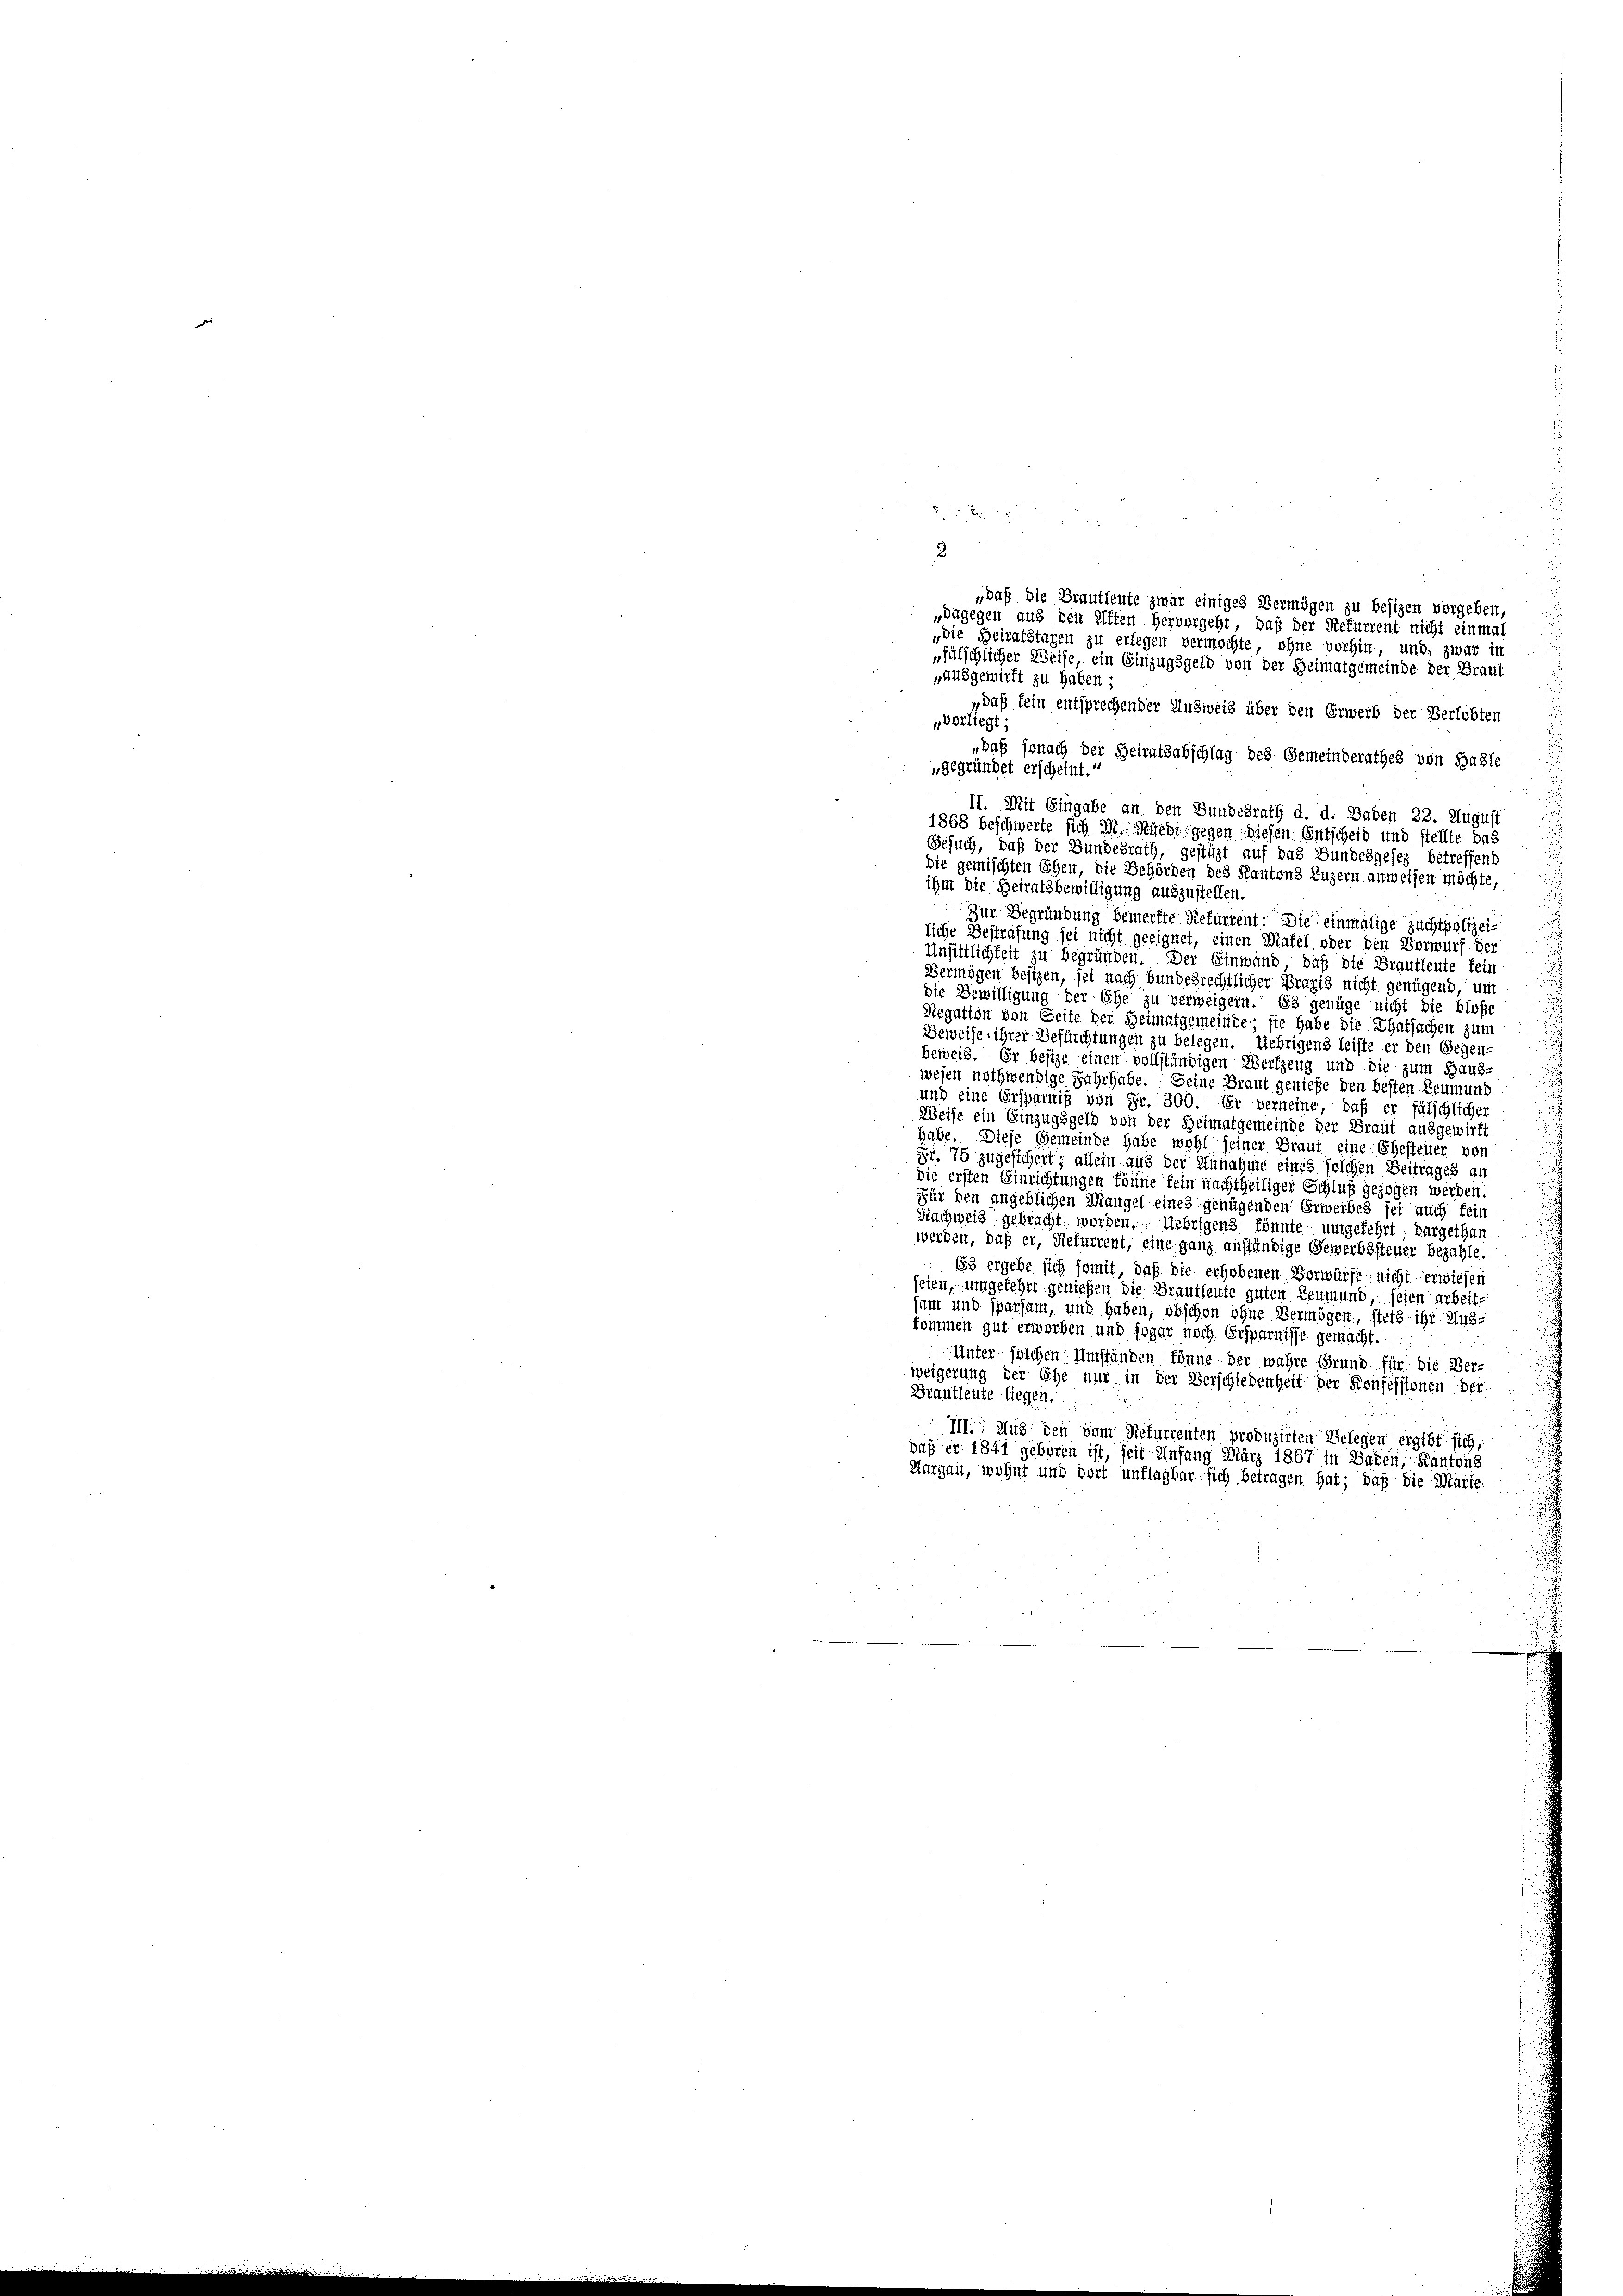
xx
2

„die Beiratstaren zu erlegen vermochte, ohne vorhin, und zwar in
„fülschlicher Weise, ein Einzugsgeld von der Heimatgemeinde der Braut
„daß fein entsprechender Ausweis über den Erwerb der Verlobten
„verliegt;
„daß sonach der Heiratsabschlag des Gemeinderathes von Hasle
gegründet erscheint.
II. Mit Eingabe an den Bundesrath d. d. Baden 22. August
1868 beschwerte sich M. Rüedi gegen diesen Entscheid und stellte das
Gesuch, daß der Bundesrath, gestüzt auf das Bundesgesez betreffend
die gemischten Ehen, die Behörden des Kantons Luzern anweisen möchte,
ihm die Beiratsbewilligung auszustellen.
Zur Begründung bemerkte Refurrent. Die einmalige Zuchtpolizeiliche Bestrafung sei nicht geeignet, einen Mafel oder den Vorwurf der
J
Unsittlichkeit zu begründen. Der Einwand, daß die Brautleute fein
Vermögen besizen, sei nach bundesrechtlicher Praxis nicht genügend, un
die Bewilligung der Ehe zu verweigern. Es genüge nicht die blosse
u
Negation von Seite der Heimatgemeinde; sie habe die Thatsachen zum
Beweise ihrer Befürchtungen zu belegen. Uebrigens leiste er den Gegen-
beweis. Er besize einen vollständigen Werkzeug und die zum Haus-
wesen nothwendige Jahrhabe. Seine Braut genieße den besten Leumund.
und eine Ersparniß von Fr. 300. Er verneine, daß er fälschlicher
Weise ein Einzugsgeld von der Heimatgemeinde der Braut ausgewirft
habe. Diese Gemeinde habe wohl seiner Braut eine Ehesteuer, von
Fr. 75 zugesichert; allein aus der Annahme eines solchen Beitrages an
die ersten Einrichtungen könne fein nachtheiliger Schluß gezogen werden.
Für den angeblichen Mangel eines genügenden Erwerbes sei auch fein
Nachweis gebracht worden. Uebrigens könnte umgekehrt, dargethan
werden, daß er, Rekurrent, eine ganz anständige Gewerbssteuer bezahle.
63 ergebe sich somit, daß die erhobenen Vorwürfe nicht erwiesen
seien, umgekehrt genießen die Brautleute guten Leumund, seien arbeit:
sam und sparsam, und haben, obschon ohne Vermögen, stets ihr Aus-
kommen gut erworben und sogar noch Ersparnisse gemacht.
Unter solchen Umständen könne der wahre Grund für die Ver-
weigerung der Ehe nur in der Verschiedenheit der Konfessionen der
Brautleute liegen.
III. Nur den vom Refurrenten produzirten Belegen ergibt sich,
paß er 1841 geboren ist, seit Anfang März 1867 in Baden, Kantons
Thurgau, wohnt und dort unflagbar sich betragen hat; daß die Marie

„ausgewirft zu haben.

„daß die Brautleute zwar einiges Vermögen zu besizen vorgeben,
„dagegen aus den Aften hervorgeht, daß der Rekurrent nicht einmal